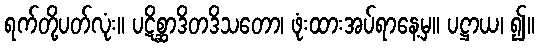
ရက်တို့ပတ်လုံး။ ပဋိစ္ဆာဒိတဒိသတော၊ ဖုံးထားအပ်ရာနေ့မှ။ ပဋ္ဌာယ၊ ၍။